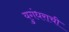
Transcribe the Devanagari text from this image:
युगंधराची